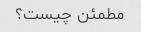
مطمئن چیست؟